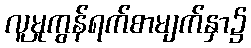
လူမှုကွန်ရက်စာမျက်နှာ၌